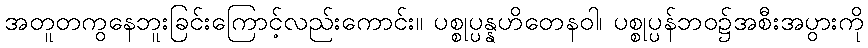
အတူတကွနေဘူးခြင်းကြောင့်လည်းကောင်း။ ပစ္စုပ္ပန္နဟိတေနဝါ၊ ပစ္စုပ္ပန်ဘဝ၌အစီးအပွားကို